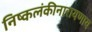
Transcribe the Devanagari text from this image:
निष्कलंकीनारायणाय